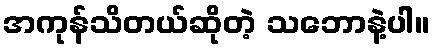
အကုန်သိတယ်ဆိုတဲ့ သဘောနဲ့ပါ။